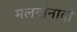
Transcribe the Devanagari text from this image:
मलदोनादो